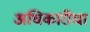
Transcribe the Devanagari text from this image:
अधिकारींचा